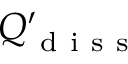
Q _ { \mathrm { ~ d ~ i ~ s ~ s ~ } } ^ { \prime }